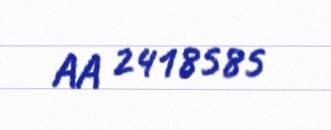
AA 2418585